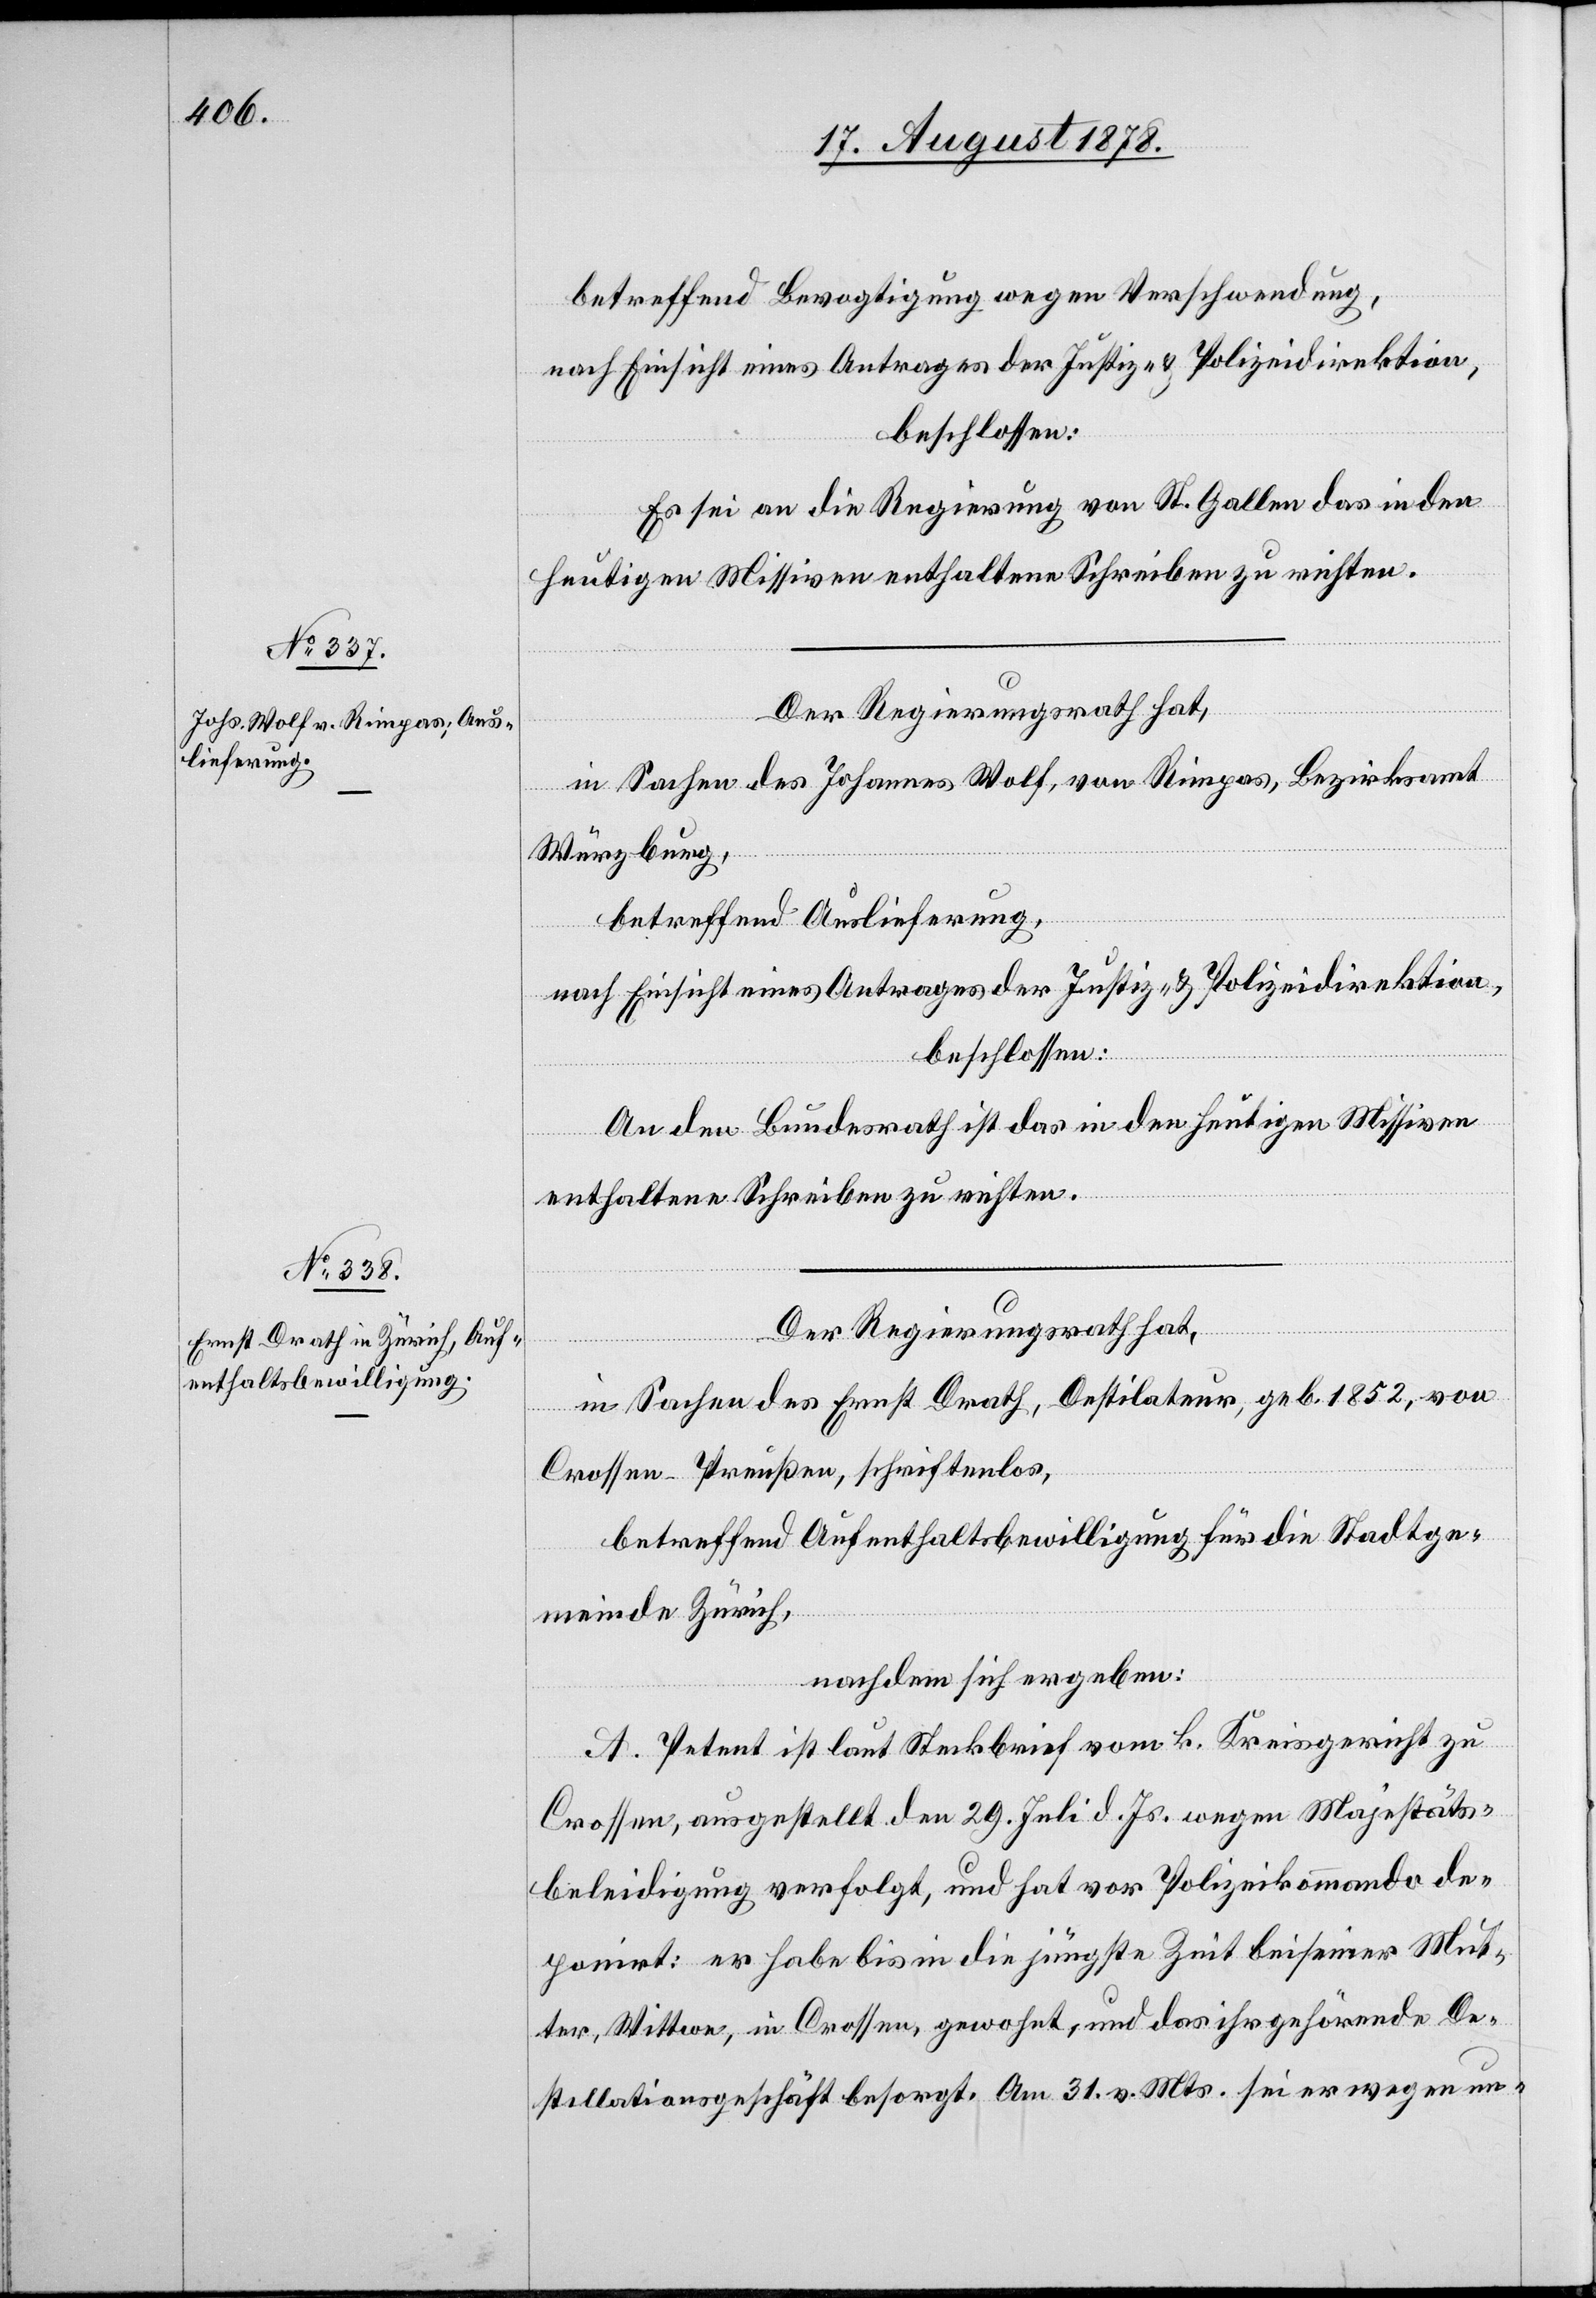
betreffend Bevogtigung wegen Verschwendung,
nach Einsicht eines Antrages der Justiz- & Polizeidirektion,
beschlossen:
Es sei an die Regierung von St. Gallen das in den
heutigen Missiven enthaltene Schreiben zu richten.
Der Regierungsrath hat,
in Sachen des Johannes Wolf, von Rimpar, Bezirksamt
Würzburg,
betreffend Auslieferung,
nach Einsicht eines Antrages der Justiz- & Polizeidirektion,
beschlossen:
An den Bundesrath ist das in den heutigen Missiven
enthaltene Schreiben zu richten.
Der Regierungsrath hat,
in Sachen des Ernst Drath, Destilateur, geb. 1852, von
Crossen - Preußen, schriftenlos,
betreffend Aufenthaltsbewilligung für die Stadtge¬
meinde Zürich,
nachdem sich ergeben:
A. Petent ist laut Steckbrief vom k. Kreisgericht zu
Crossen, ausgestellt den 29. Juli d. Js. wegen Majestäts¬
beleidigung verfolgt, und hat vor Polizeikommando de¬
ponirt: er habe bis in die jüngste Zeit bei seiner Mut¬
ter, Wittwe, in Crossen, gewohnt, und das ihr gehörende De¬
stillationsgeschäft besorgt. Am 31. v. Mts. sei er wegen un-